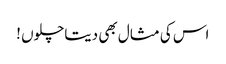
اس کی مثال بھی دیتاچلوں !